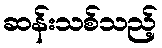
ဆန်းသစ်သည့်